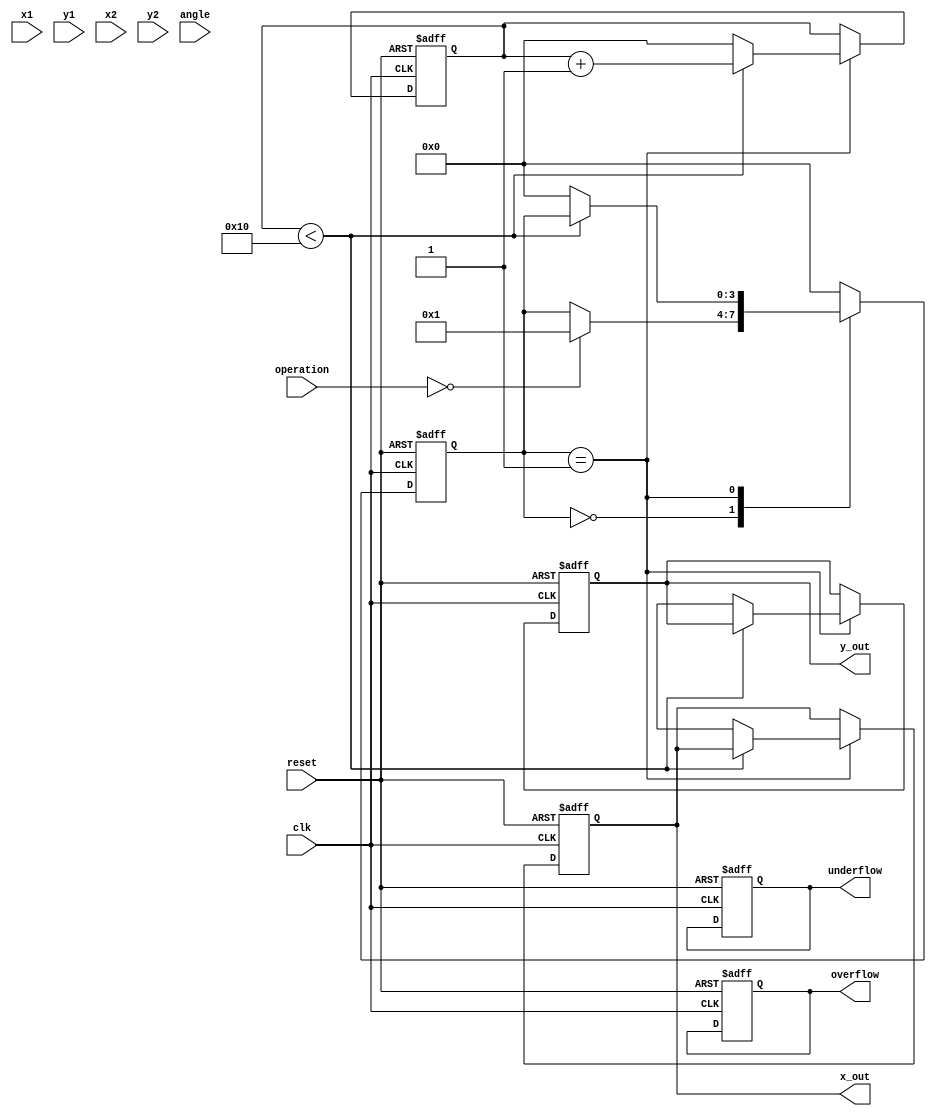
module complex_cordic (
    input clk,
    input reset,
    input [15:0] x1,          // Real part of first complex number
    input [15:0] y1,          // Imaginary part of first complex number
    input [15:0] x2,          // Real part of second complex number
    input [15:0] y2,          // Imaginary part of second complex number
    input [1:0] operation,    // Control signal: 00 = multiply, 01 = divide, 10 = sqrt
    input [15:0] angle,       // Angle for rotation (in radians)
    output reg [15:0] x_out,   // Real part of output
    output reg [15:0] y_out,   // Imaginary part of output
    output reg overflow,       // Overflow flag
    output reg underflow       // Underflow flag
);

    // Internal parameters for CORDIC
    parameter NUM_ITERATIONS = 16;
    reg [15:0] x [0:NUM_ITERATIONS-1];
    reg [15:0] y [0:NUM_ITERATIONS-1];
    reg [15:0] z [0:NUM_ITERATIONS-1];
    reg [15:0] angle_table [0:NUM_ITERATIONS-1]; // Lookup table for atan(2^-i)

    // Initialize the angle lookup table
    initial begin
        angle_table[0] = 16'h2000; // atan(2^0) in Q15 format
        angle_table[1] = 16'h1000; // atan(2^-1)
        angle_table[2] = 16'h0800; // atan(2^-2)
        angle_table[3] = 16'h0400; // atan(2^-3)
        // Continue initializing the angle table...
    end

    // State machine or control logic
    reg [3:0] state;
    reg [3:0] iteration;

    // CORDIC algorithm for multiplication
    always @(posedge clk or posedge reset) begin
        if (reset) begin
            x_out <= 0;
            y_out <= 0;
            overflow <= 0;
            underflow <= 0;
            state <= 0;
            iteration <= 0;
        end else begin
            case (state)
                0: begin
                    // Load inputs
                    if (operation == 2'b00) begin // Multiplication
                        x[0] <= x1;
                        y[0] <= y1;
                        state <= 1;
                    end else if (operation == 2'b01) begin // Division
                        // Division logic here
                    end else if (operation == 2'b10) begin // Sqrt
                        // Square root logic here
                    end
                end

                1: begin
                    // CORDIC iterations
                    if (iteration < NUM_ITERATIONS) begin
                        // Perform rotation based on angle
                        if (z[iteration] < 0) begin
                            // Perform rotation
                            x[iteration + 1] <= x[iteration] + (y[iteration] >>> iteration);
                            y[iteration + 1] <= y[iteration] - (x[iteration] >>> iteration);
                            z[iteration + 1] <= z[iteration] + angle_table[iteration];
                        end else begin
                            // Perform rotation in the opposite direction
                            x[iteration + 1] <= x[iteration] - (y[iteration] >>> iteration);
                            y[iteration + 1] <= y[iteration] + (x[iteration] >>> iteration);
                            z[iteration + 1] <= z[iteration] - angle_table[iteration];
                        end
                        iteration <= iteration + 1;
                    end else begin
                        // Final output assignment
                        x_out <= x[NUM_ITERATIONS];
                        y_out <= y[NUM_ITERATIONS];
                        state <= 0; // Reset state
                        iteration <= 0; // Reset iteration
                    end
                end

                default: state <= 0;
            endcase
        end
    end
endmodule